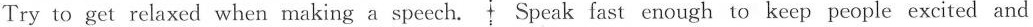
Try to get relaxed when making a speech. Speak fast enough to keep people excited and